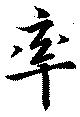
率